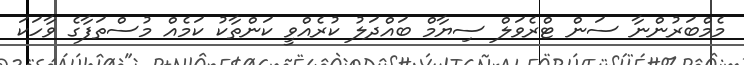
މެމްބަރުންނާ ސަން ޓްރެވަލް ސިޔާމް ބައްދަލު ކުރެއްވީ ކަންތާކު ކަމެއް މުސްތަފާގެ ވާހަކަ